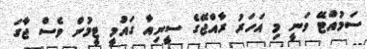
ސަމުއްޓޭ ވަނީ މި އަހަރު ރާއްޖޭގެ ސީނިއާ ގައުމީ ޓީމުން ވެސް ޖާގަ